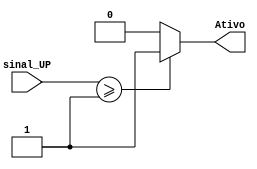
module geraSativo (sinal_UP, Ativo);

input [7:0] sinal_UP;
output Ativo;

reg sAtivo;

assign Ativo = sAtivo;

always @(sinal_UP)
begin 
     if   (sinal_UP >= 8'b00000001) sAtivo <= 1'b1;
     else sAtivo <= 1'b0;
end

endmodule